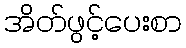
အိတ်ဖွင့်ပေးစာ